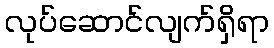
လုပ်ဆောင်လျက်ရှိရာ